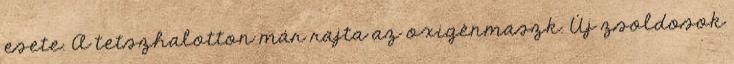
esete. A tetszhalotton már rajta az oxigénmaszk. Új zsoldosok